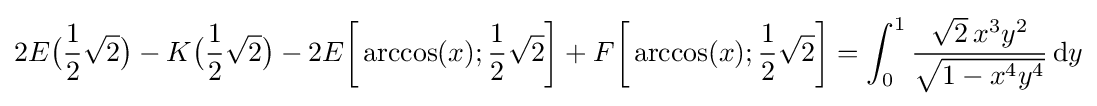
2E{\bigl (}{\frac {1}{2}}{\sqrt {2}}{\bigr )}-K{\bigl (}{\frac {1}{2}}{\sqrt {2}}{\bigr )}-2E{\biggl [}\arccos(x);{\frac {1}{2}}{\sqrt {2}}{\biggr ]}+F{\biggl [}\arccos(x);{\frac {1}{2}}{\sqrt {2}}{\biggr ]}=\int _{0}^{1}{\frac {{\sqrt {2}}\,x^{3}y^{2}}{\sqrt {1-x^{4}y^{4}}}}\,\mathrm {d} y